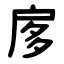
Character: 扅